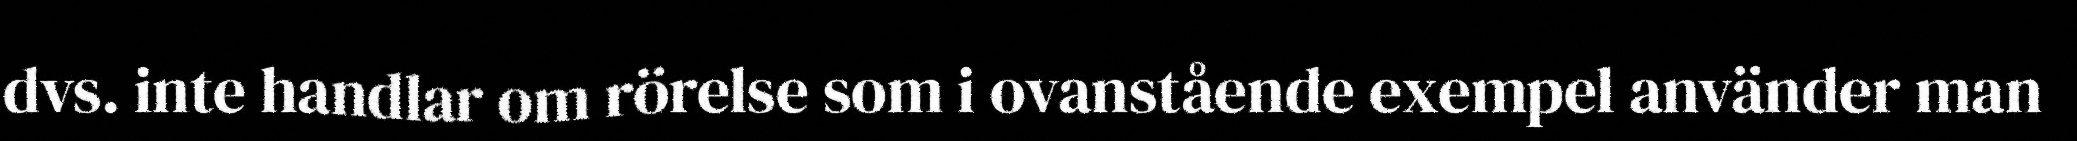
dvs. inte handlar om rörelse som i ovanstående exempel använder man